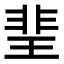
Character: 𤦅